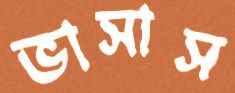
ভাসাস